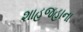
શાહજહાના